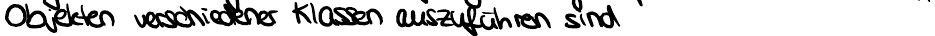
Objekten verschiedener Klassen auszuführen sind